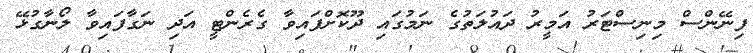
ފިނޭންސް މިނިސްޓަރު އަމީރު ދައުލަތުގެ ނަމުގައި ދޫކޮށްފައިވާ ގެރެންޓީ އަދި ނަގާފައިވާ ލޯނާގުޅޭ